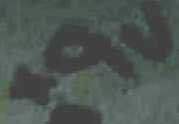
Text: +9V